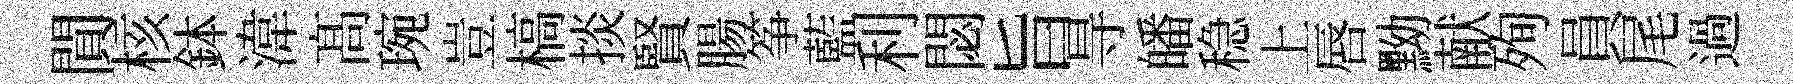
閴核鉢湋髙琬豈槁掞賢腸筝藍利閟旨㝵皤稳上唇黝献殉員尾過